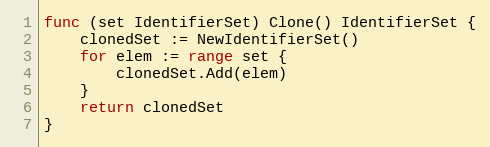
Language: Go
func (set IdentifierSet) Clone() IdentifierSet {
	clonedSet := NewIdentifierSet()
	for elem := range set {
		clonedSet.Add(elem)
	}
	return clonedSet
}